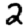
Digit: 2